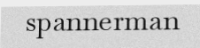
spannerman